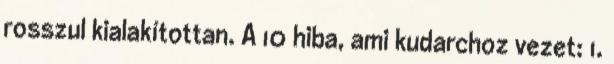
rosszul kialakítottan. A 10 hiba, ami kudarchoz vezet: 1.